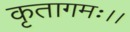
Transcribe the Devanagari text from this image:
कृतागमः।।